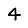
Digit: 4